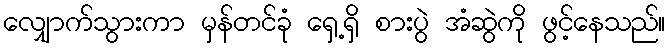
လျှောက်သွားကာ မှန်တင်ခုံ ရှေ့ရှိ စားပွဲ အံဆွဲကို ဖွင့်နေသည်။